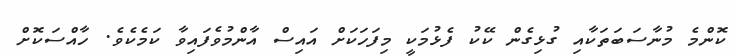
ކޮންމެ މުނާސަބަތަކާއި ގުޅިގެން ކޭކު ފެޅުމަކީ މިފަހަކަށް އައިސް އާންމުވެފައިވާ ކަމެކެވެ. ހާއްސަކޮށް